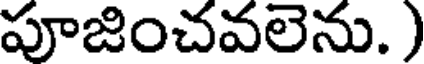
పూజించవలెను. )